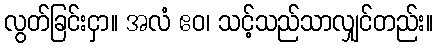
လွတ်ခြင်းငှာ။ အလံ ဧဝ၊ သင့်သည်သာလျှင်တည်း။